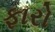
ફારો